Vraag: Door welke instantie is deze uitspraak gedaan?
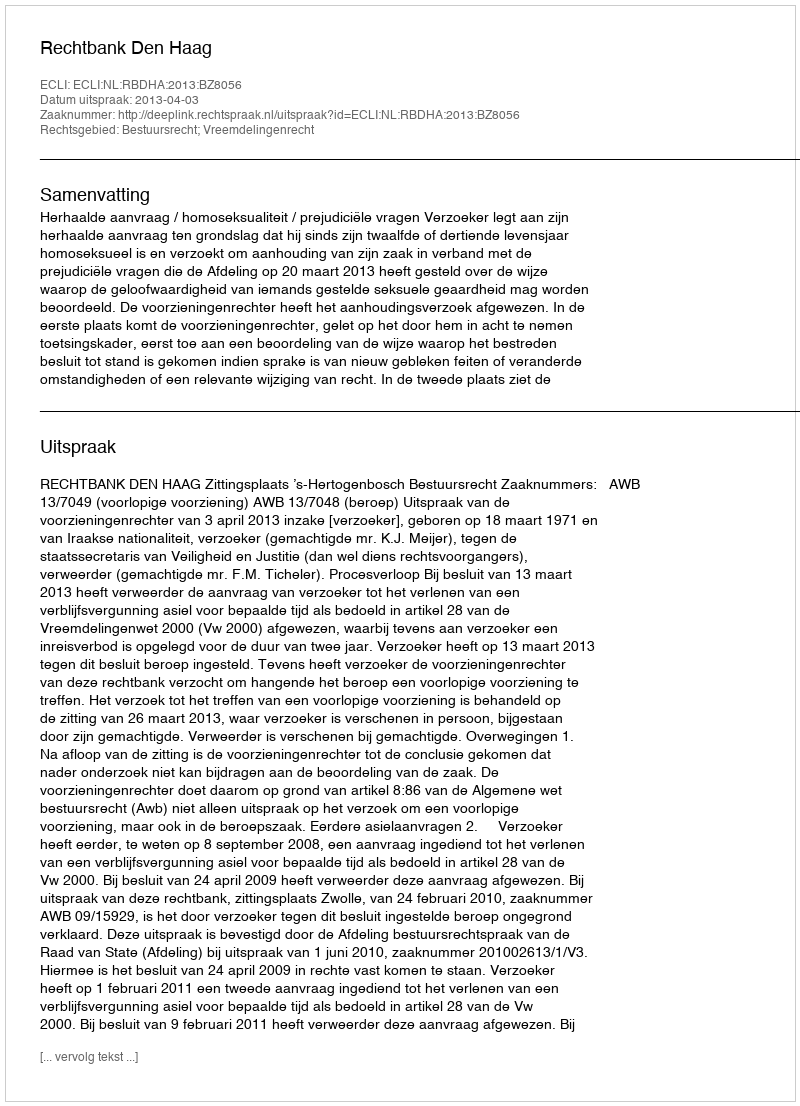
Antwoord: Rechtbank Den Haag